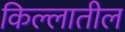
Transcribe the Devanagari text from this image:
किल्लातील